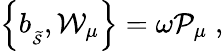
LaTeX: \left\{ b_{_{\widetilde{\mathcal{S}}}},\mathcal{W}_{\mu}\right\} =\omega\mathcal{P}_{\mu}\; ,